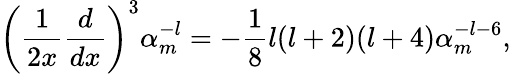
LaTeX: \left({\frac{1}{2x}}{\frac{d}{dx}}\right)^{3}\alpha_{m}^{-l}=-{\frac{1}{8}}l(l+2)(l+4)\alpha_{m}^{-l-6},